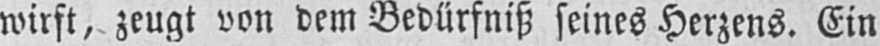
wirft, zeugt von dem Bedürfniß seines Herzens. Ein